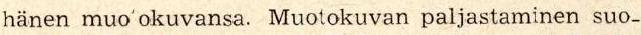
hänen muo okuvansa. Muotokuvan paljastaminen suo-